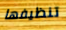
تنظيفها